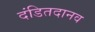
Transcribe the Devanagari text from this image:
दंडितदानव